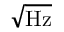
\sqrt { \mathrm { H z } }